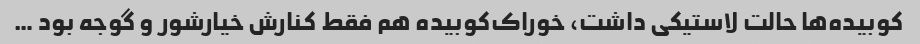
کوبیده‌ها حالت لاستیکی داشت، خوراک‌کوبیده هم فقط کنارش خیارشور و گوجه بود …